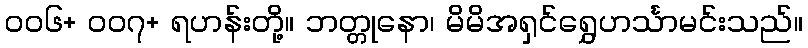
၀၀၆+ ၀၀၇+ ရဟန်းတို့။ ဘတ္တုနော၊ မိမိအရှင်ရွှေဟင်္သာမင်းသည်။